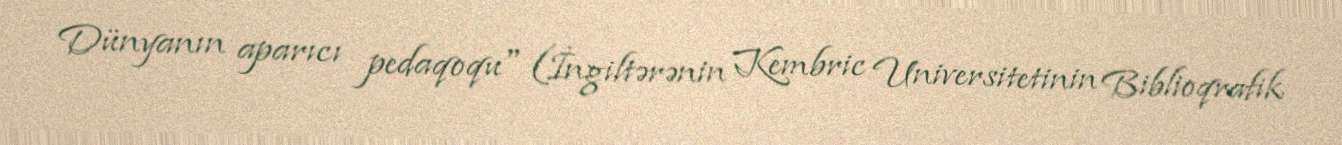
Dünyanın aparıcı pedaqoqu" (İngiltərənin Kembric Universitetinin Biblioqrafik